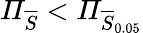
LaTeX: \mathit{\Pi}_{\overline{{S}}}<\mathit{\Pi}_{\overline{{S}}_{0.05}}